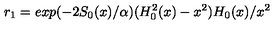
r _ { 1 } = e x p ( - 2 S _ { 0 } ( x ) / \alpha ) ( H _ { 0 } ^ { 2 } ( x ) - x ^ { 2 } ) H _ { 0 } ( x ) / x ^ { 2 }